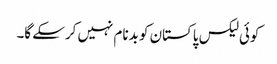
کوئی لیکس پاکستان کو بدنام نہیں کرسکے گا۔